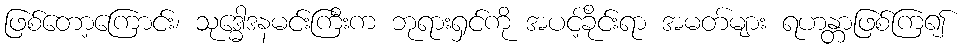
ဖြစ်တော့ကြောင်း၊ သုဒ္ဓေါဒနမင်းကြီးက ဘုရားရှင်ကို အပင့်ခိုင်းရာ အမတ်များ ရဟန္တာဖြစ်ကြ၍